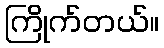
ကြိုက်တယ်။